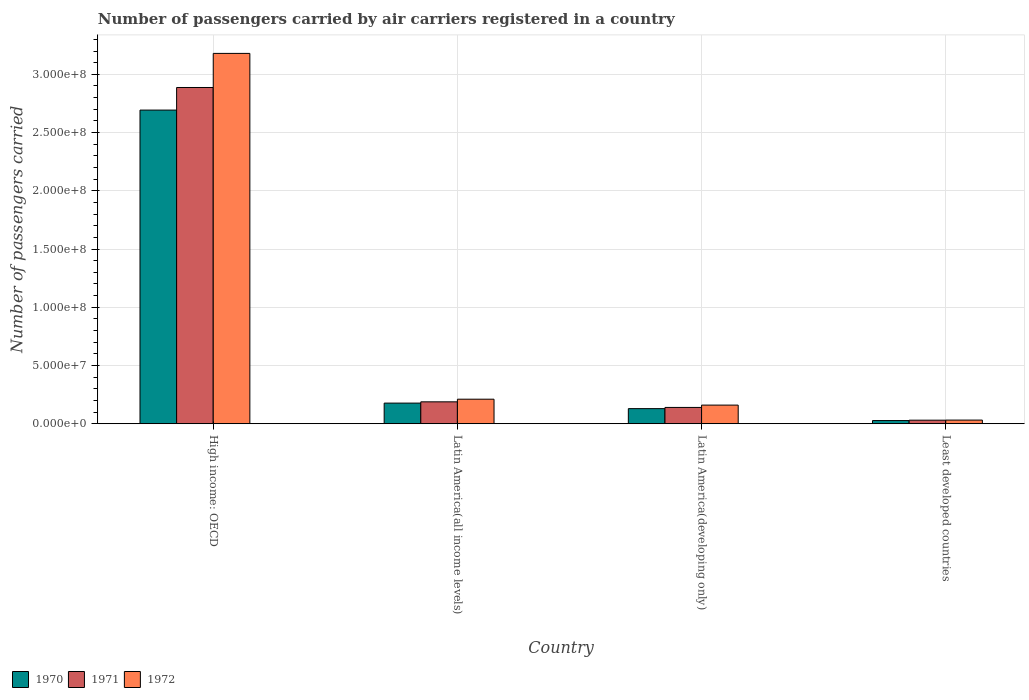
| Country | 1970 | 1971 | 1972 |
 | --- | --- | --- | --- |
 | High income: OECD | 2.69e+08 | 2.89e+08 | 3.18e+08 |
 | Latin America(all income levels) | 1.77e+07 | 1.88e+07 | 2.11e+07 |
 | Latin America(developing only) | 1.3e+07 | 1.4e+07 | 1.6e+07 |
 | Least developed countries | 2.73e+06 | 3.05e+06 | 3.14e+06 |